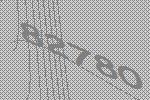
82780